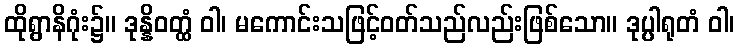
ထိုရွာနိဂုံး၌။ ဒုန္နိဝတ္ထံ ဝါ၊ မကောင်းသဖြင့်ဝတ်သည်လည်းဖြစ်သော။ ဒုပ္ပါရုတံ ဝါ၊